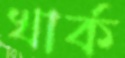
খার্ক